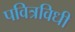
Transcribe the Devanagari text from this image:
पवित्रविधी